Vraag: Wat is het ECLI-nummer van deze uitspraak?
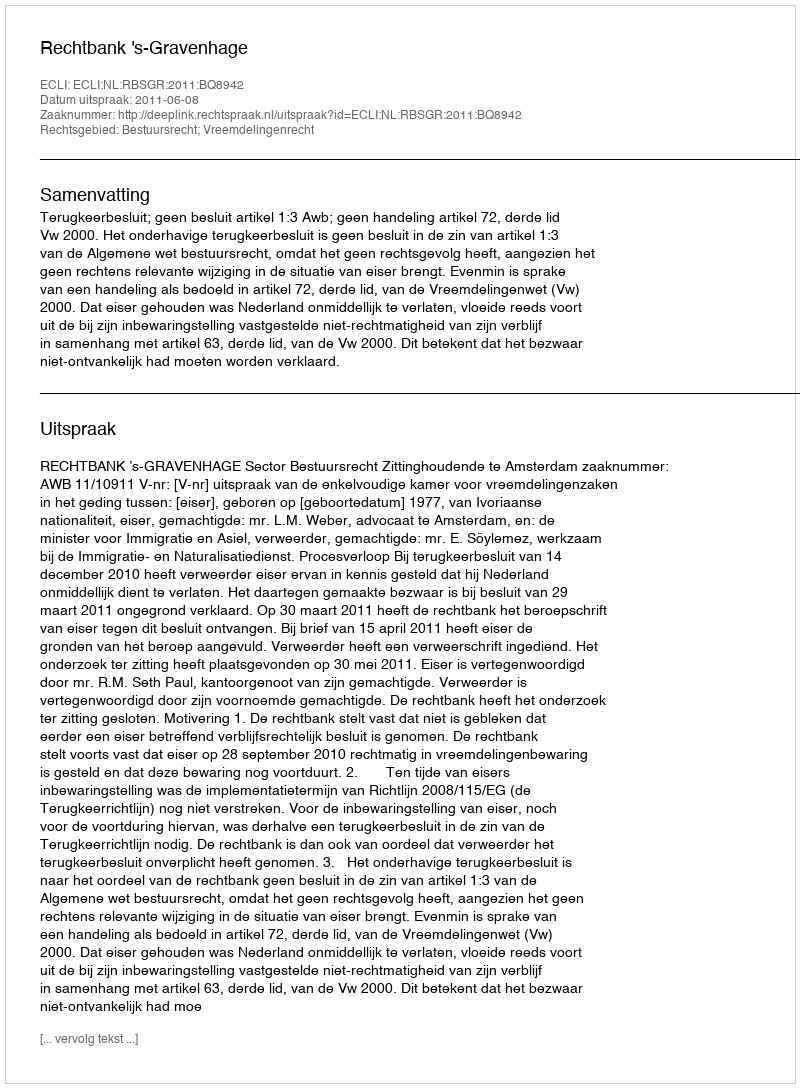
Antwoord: ECLI:NL:RBSGR:2011:BQ8942